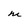
Character: m